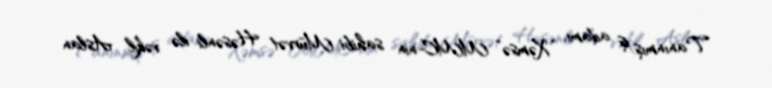
Tanınmış iş adamı, “Xəmsə” MMC-nin sahibi Mürvət Həsənli ilə vəkil Aslan